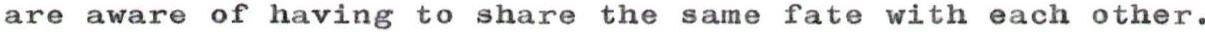
are aware of having to share the same fate with each other.